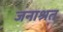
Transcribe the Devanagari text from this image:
जनाश्रत